Annual report on the Civil Veterinary Department, Burma (including the Insein Veterinary School) - 1910-1922
Year: 1910
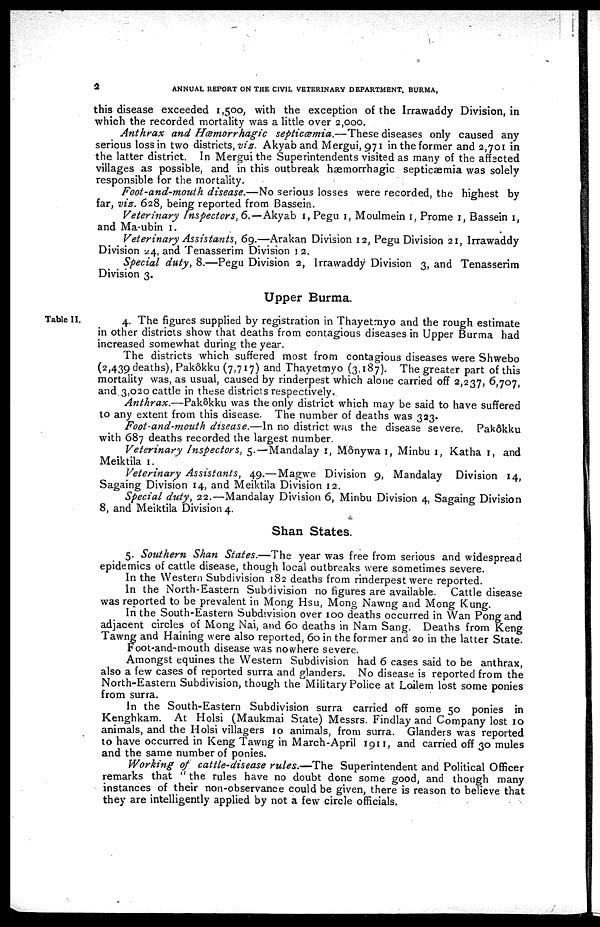
2
ANNUAL REPORT ON THE CIVIL VETERINARY DEPARTMENT, BURMA,
this disease exceeded 1,500, with the exception of the Irrawaddy Division, in
which the recorded mortality was a little over 2,000.
Anthrax and Hæmorrhagic
septicæmia.—These
diseases only caused any
serious loss in two districts, viz. Akyab and Mergui, 971 in the former and 2,701 in
the latter district. In Mergui the Superintendents visited as many of the affected
villages as possible, and in this outbreak hæmorrhagic septicæmia was solely
responsible for the mortality.
Foot-and-mouth disease.—No serious losses were recorded, the highest by
far, vis. 628, being reported from Bassein.
Veterinary Inspectors, 6.—Akyab 1, Pegu 1, Moulmein 1, Prome 1, Bassein 1,
and Ma-ubin 1.
Veterinary Assistants, 69.—Arakan Division 12, Pegu Division 21, Irrawaddy
Division 24, and Tenasserim Division 12.
Special duty, 8.—Pegu Division 2, Irrawaddy Division 3, and Tenasserim
Division 3.
Upper Burma.
Table II.
4. The figures supplied by registration in Thayetmyo and the rough estimate
in other districts show that deaths from contagious diseases in Upper Burma had
increased somewhat during the year.
The districts which suffered most from contagious diseases were Shwebo
(2,439 deaths), Pak6kku (7,717) and Thayetmyo (3,187). The greater part of this
mortality was, as usual, caused by rinderpest which alone carried off 2,237, 6,707,
and 3,020 cattle in these districts respectively.
Anthrax.—Pakôkku
was the only district which may be said to have suffered
to any extent from this disease. The number of deaths was 323.
Foot-and-mouth disease.—In no district was the disease severe. Pakôkku
with 687 deaths recorded the largest number.
Veterinary Inspectors, 5.—Mandalay 1, M6nywa 1, Minbu 1, Katha 1, and
Meiktila 1.
Veterinary Assistants,
49.—Magwe Division 9, Mandalay Division 14,
Sagaing Division 14, and Meiktila Division 12.
Special duty, 22.—Mandalay Division 6, Minbu Division 4, Sagaing Division
8, and Meiktila Division 4.
Shan States.
5. Southern Shan States.—The
year was free from serious and widespread
epidemics of cattle disease, though local outbreaks were sometimes severe.
In the Western Subdivision 182 deaths from rinderpest were reported.
In the North-Eastern Subdivision no figures are available. Cattle disease
was reported to be prevalent in Mong Hsu, Mong Nawng and Mong Kung.
In the South-Eastern Subdivision over 100 deaths occurred in Wan Pong and
adjacent circles of Mong Nai, and 60 deaths in Nam Sang. Deaths from Keng
Tawng and Haining were also reported, 60 in the former and 20 in the latter State.
Foot-and-mouth disease was nowhere severe.
Amongst equines the Western Subdivision had 6 cases said to be anthrax,
also a few cases of reported surra and glanders. No disease is reported from the
North-Eastern Subdivision, though the Military Police at Loilem lost some ponies
from surra.
In the South-Eastern Subdivision surra carried off some 50 ponies in
Kenghkam. At Holsi (Maukmai State) Messrs. Findlay and Company lost 10
animals, and the Holsi villagers 10 animals, from surra. Glanders was reported
to have occurred in Keng Tawng in March-April 1911, and carried off 30 mules
and the same number of ponies.
Working of cattle-disease rules.—The
Superintendent and Political Officer
remarks that " the rules have no doubt done some good, and though many
instances of their non-observance could be given, there is reason to believe that
they are intelligently applied by not a few circle officials.